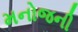
મનોજની